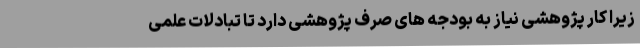
زیرا کار پژوهشی نیاز به بودجه های صرف پژوهشی دارد تا تبادلات علمی